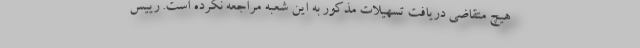
هیچ متقاضی دریافت تسهیلات مذکور به این شعبه مراجعه نکرده است. رییس